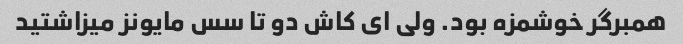
همبرگر خوشمزه بود. ولی ای کاش دو تا سس مایونز میزاشتید